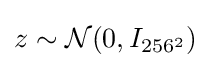
z\sim {\mathcal {N}}(0,I_{256^{2}})